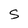
Character: s